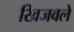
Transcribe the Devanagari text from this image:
खिजवले